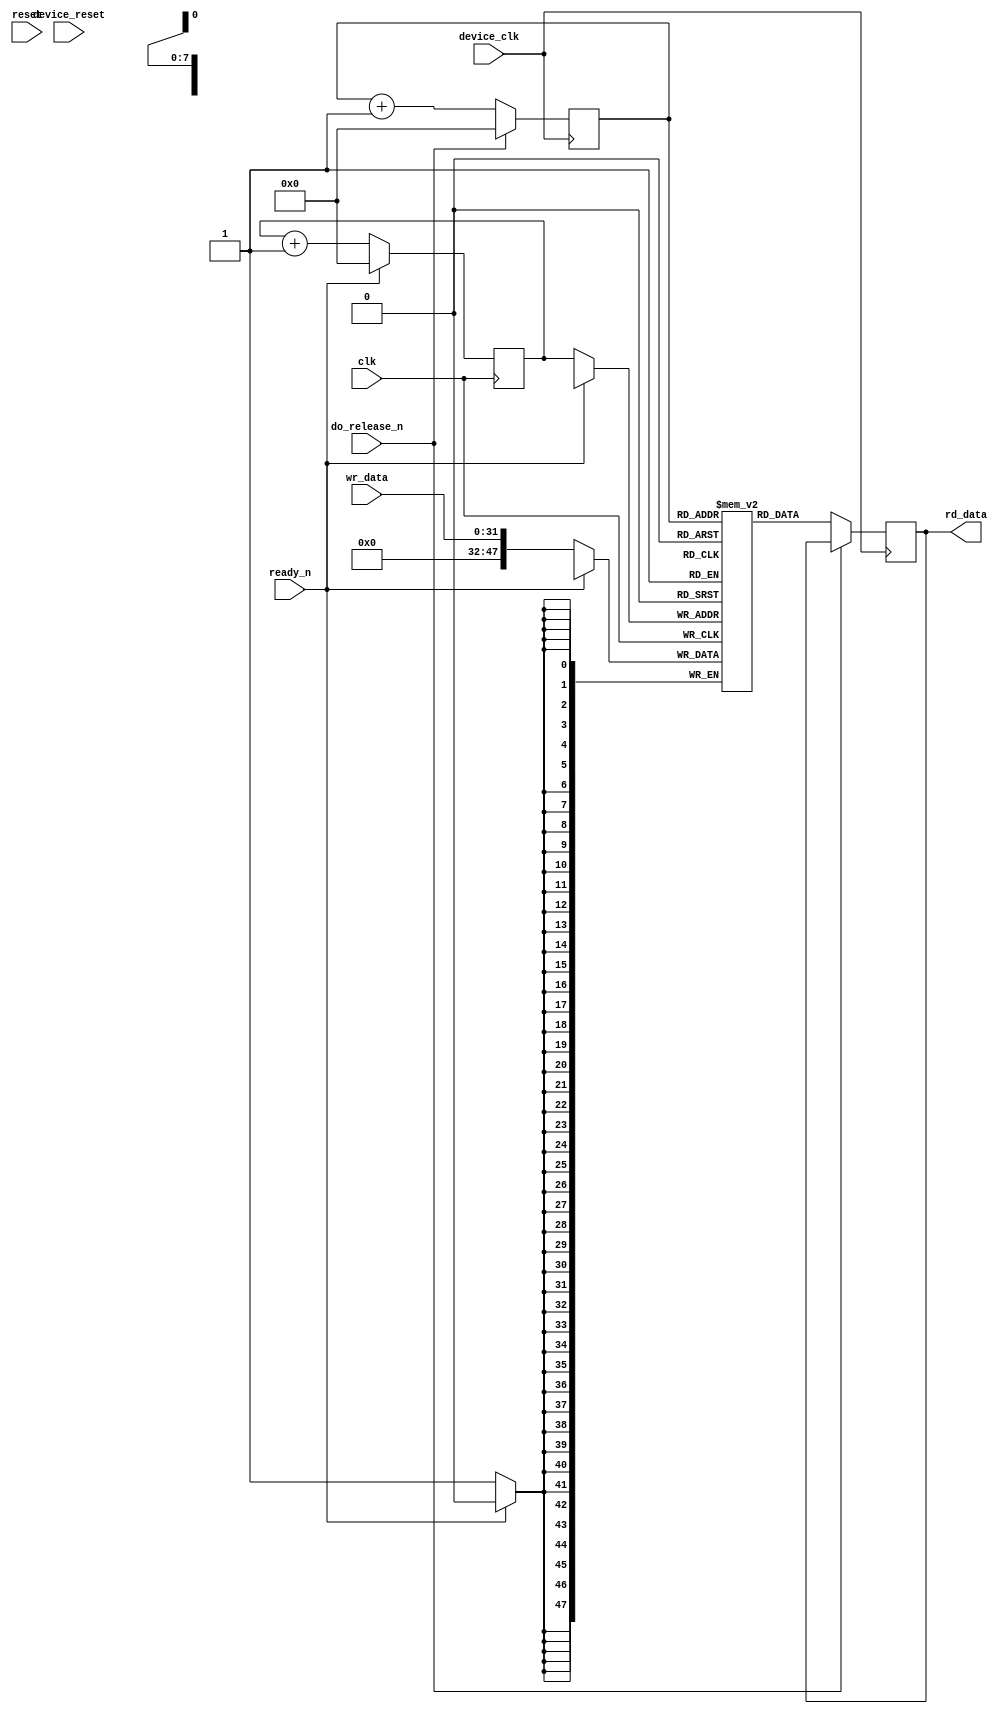
// ***************************************************************************
// ***************************************************************************
// Copyright (C) 2017, 2018, 2021, 2022 Analog Devices, Inc. All rights reserved.
// SPDX short identifier: ADIJESD204
// ***************************************************************************
// ***************************************************************************

`timescale 1ns/100ps

module elastic_buffer #(
  parameter IWIDTH = 32,
  parameter OWIDTH = 48,
  parameter SIZE = 256,
  parameter ASYNC_CLK = 0
) (
  input clk,
  input reset,

  input device_clk,
  input device_reset,

  input [IWIDTH-1:0] wr_data,

  output [OWIDTH-1:0] rd_data,

  input ready_n,
  input do_release_n
);

  localparam ADDR_WIDTH = SIZE > 128 ? 7 :
    SIZE > 64 ? 6 :
    SIZE > 32 ? 5 :
    SIZE > 16 ? 4 :
    SIZE > 8 ? 3 :
    SIZE > 4 ? 2 :
    SIZE > 2 ? 1 : 0;

  localparam WIDTH = OWIDTH >= IWIDTH ? OWIDTH : IWIDTH;

  reg [ADDR_WIDTH:0] wr_addr = 'h00;
  reg [ADDR_WIDTH:0] rd_addr = 'h00;
  (* ram_style = "distributed" *) reg [WIDTH-1:0] mem[0:SIZE - 1];
  reg             mem_rd_valid = 'b0;
  reg [WIDTH-1:0] mem_rd_data;

  wire mem_wr;
  wire [WIDTH-1:0] mem_wr_data;
  wire unpacker_ready;

  generate if ((OWIDTH < IWIDTH) && ASYNC_CLK) begin

    assign mem_wr = 1'b1;

    always @(posedge clk) begin
      if (ready_n) begin
        wr_addr <= 'h00;
      end else if (mem_wr) begin
        wr_addr <= wr_addr + 1;
      end
    end

    always @(posedge clk) begin
      if (mem_wr) begin
        mem[wr_addr] <= wr_data;
      end
    end

    assign mem_rd_en = ~do_release_n & unpacker_ready;

    always @(posedge device_clk) begin
      if (mem_rd_en) begin
        mem_rd_data <= mem[rd_addr];
      end
      mem_rd_valid <= mem_rd_en;
    end

    always @(posedge device_clk) begin
      if (do_release_n) begin
        rd_addr <= 'b0;
      end else if (mem_rd_en) begin
        rd_addr <= rd_addr + 1;
      end
    end

    ad_upack #(
      .I_W(IWIDTH/8),
      .O_W(OWIDTH/8),
      .UNIT_W(8),
      .O_REG(0)
    ) i_ad_upack (
      .clk(device_clk),
      .reset(do_release_n),
      .idata(mem_rd_data),
      .ivalid(mem_rd_valid),
      .iready(unpacker_ready),

      .odata(rd_data),
      .ovalid());

    end else begin
      if ((OWIDTH > IWIDTH) && ASYNC_CLK) begin
        ad_pack #(
          .I_W(IWIDTH/8),
          .O_W(OWIDTH/8),
          .UNIT_W(8)
        ) i_ad_pack (
          .clk(clk),
          .reset(ready_n),
          .idata(wr_data),
          .ivalid(1'b1),

          .odata(mem_wr_data),
          .ovalid(mem_wr));
      end else begin
        assign mem_wr = 1'b1;
        assign mem_wr_data = wr_data;
      end

      always @(posedge clk) begin
        if (ready_n == 1'b1) begin
          wr_addr <= 'h00;
        end else if (mem_wr) begin
          mem[wr_addr] <= mem_wr_data;
          wr_addr <= wr_addr + 1'b1;
        end
      end

      always @(posedge device_clk) begin
        if (do_release_n == 1'b1) begin
          rd_addr <= 'h00;
        end else begin
          rd_addr <= rd_addr + 1'b1;
          mem_rd_data <= mem[rd_addr];
        end
      end

      assign rd_data = mem_rd_data;

    end
  endgenerate

endmodule